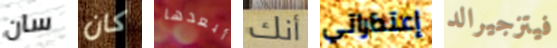
سان كان أبعدها أنك إعتذاراتي فيتزجيرالد